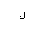
Letter: _lam